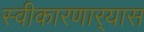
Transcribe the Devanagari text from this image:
स्वीकारणार्‍यास